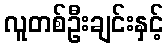
လူတစ်ဦးချင်းနှင့်